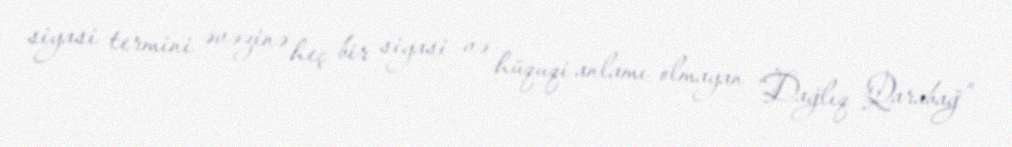
siyasi termini əvəzinə heç bir siyasi və hüquqi anlamı olmayan “Dağlıq Qarabağ”